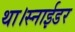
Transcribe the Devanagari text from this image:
था।स्नाईडर